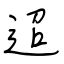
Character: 迢